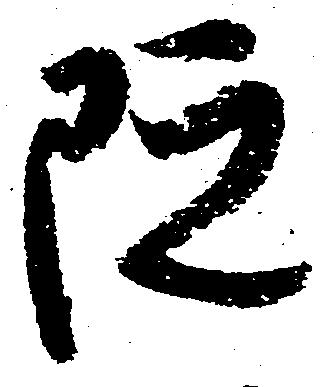
院